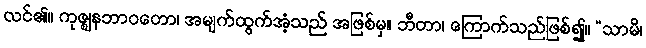
လင်၏။ ကုဇ္ဈနဘာဝတော၊ အမျက်ထွက်အံ့သည် အဖြစ်မှ။ ဘီတာ၊ ကြောက်သည်ဖြစ်၍။ “သာမိ၊